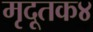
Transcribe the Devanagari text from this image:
मृदूतक४